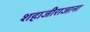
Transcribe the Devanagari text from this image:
शहाजीराजाना